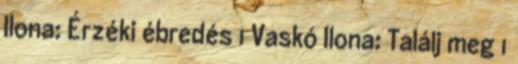
Ilona: Érzéki ébredés 1 Vaskó Ilona: Találj meg 1